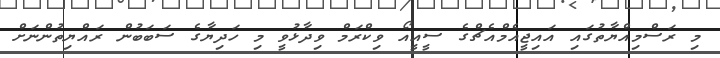
މި ރަސްމިއްޔާތުގައި އައިޖީއެމްއެޗްގެ ސީއީއޯ ވިކްރަމް ވިދާޅުވީ މި ހަދިޔާގެ ސަބަބުން ރައްޔިތުންނަށް